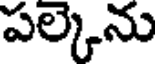
పల్కెను